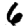
Digit: 6